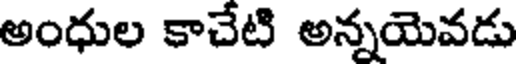
అంధుల కాచేటి అన్నయెవడు